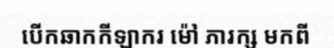
បើកឆាកកីឡាករ ម៉ៅ ភារក្ស មកពី